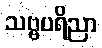
သဗ္ဗပရိညာ